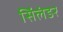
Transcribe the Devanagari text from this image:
सिंलंडर